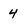
Character: 4